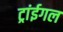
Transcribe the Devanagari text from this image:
ट्रांईगल